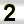
Digit: 2